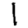
Digit: 1